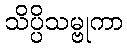
သိပ္ပိသမ္ဗုကာ